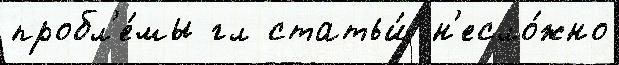
пробл'е́мы гл статьи́ н'есло́жно